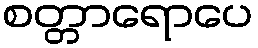
စတ္တာရောပေ